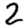
Digit: 2